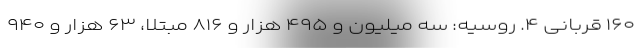
۱۶۰ قربانی ۴. روسیه: سه میلیون و ۴۹۵ هزار و ۸۱۶ مبتلا، ۶۳ هزار و ۹۴۰